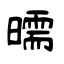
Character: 曘